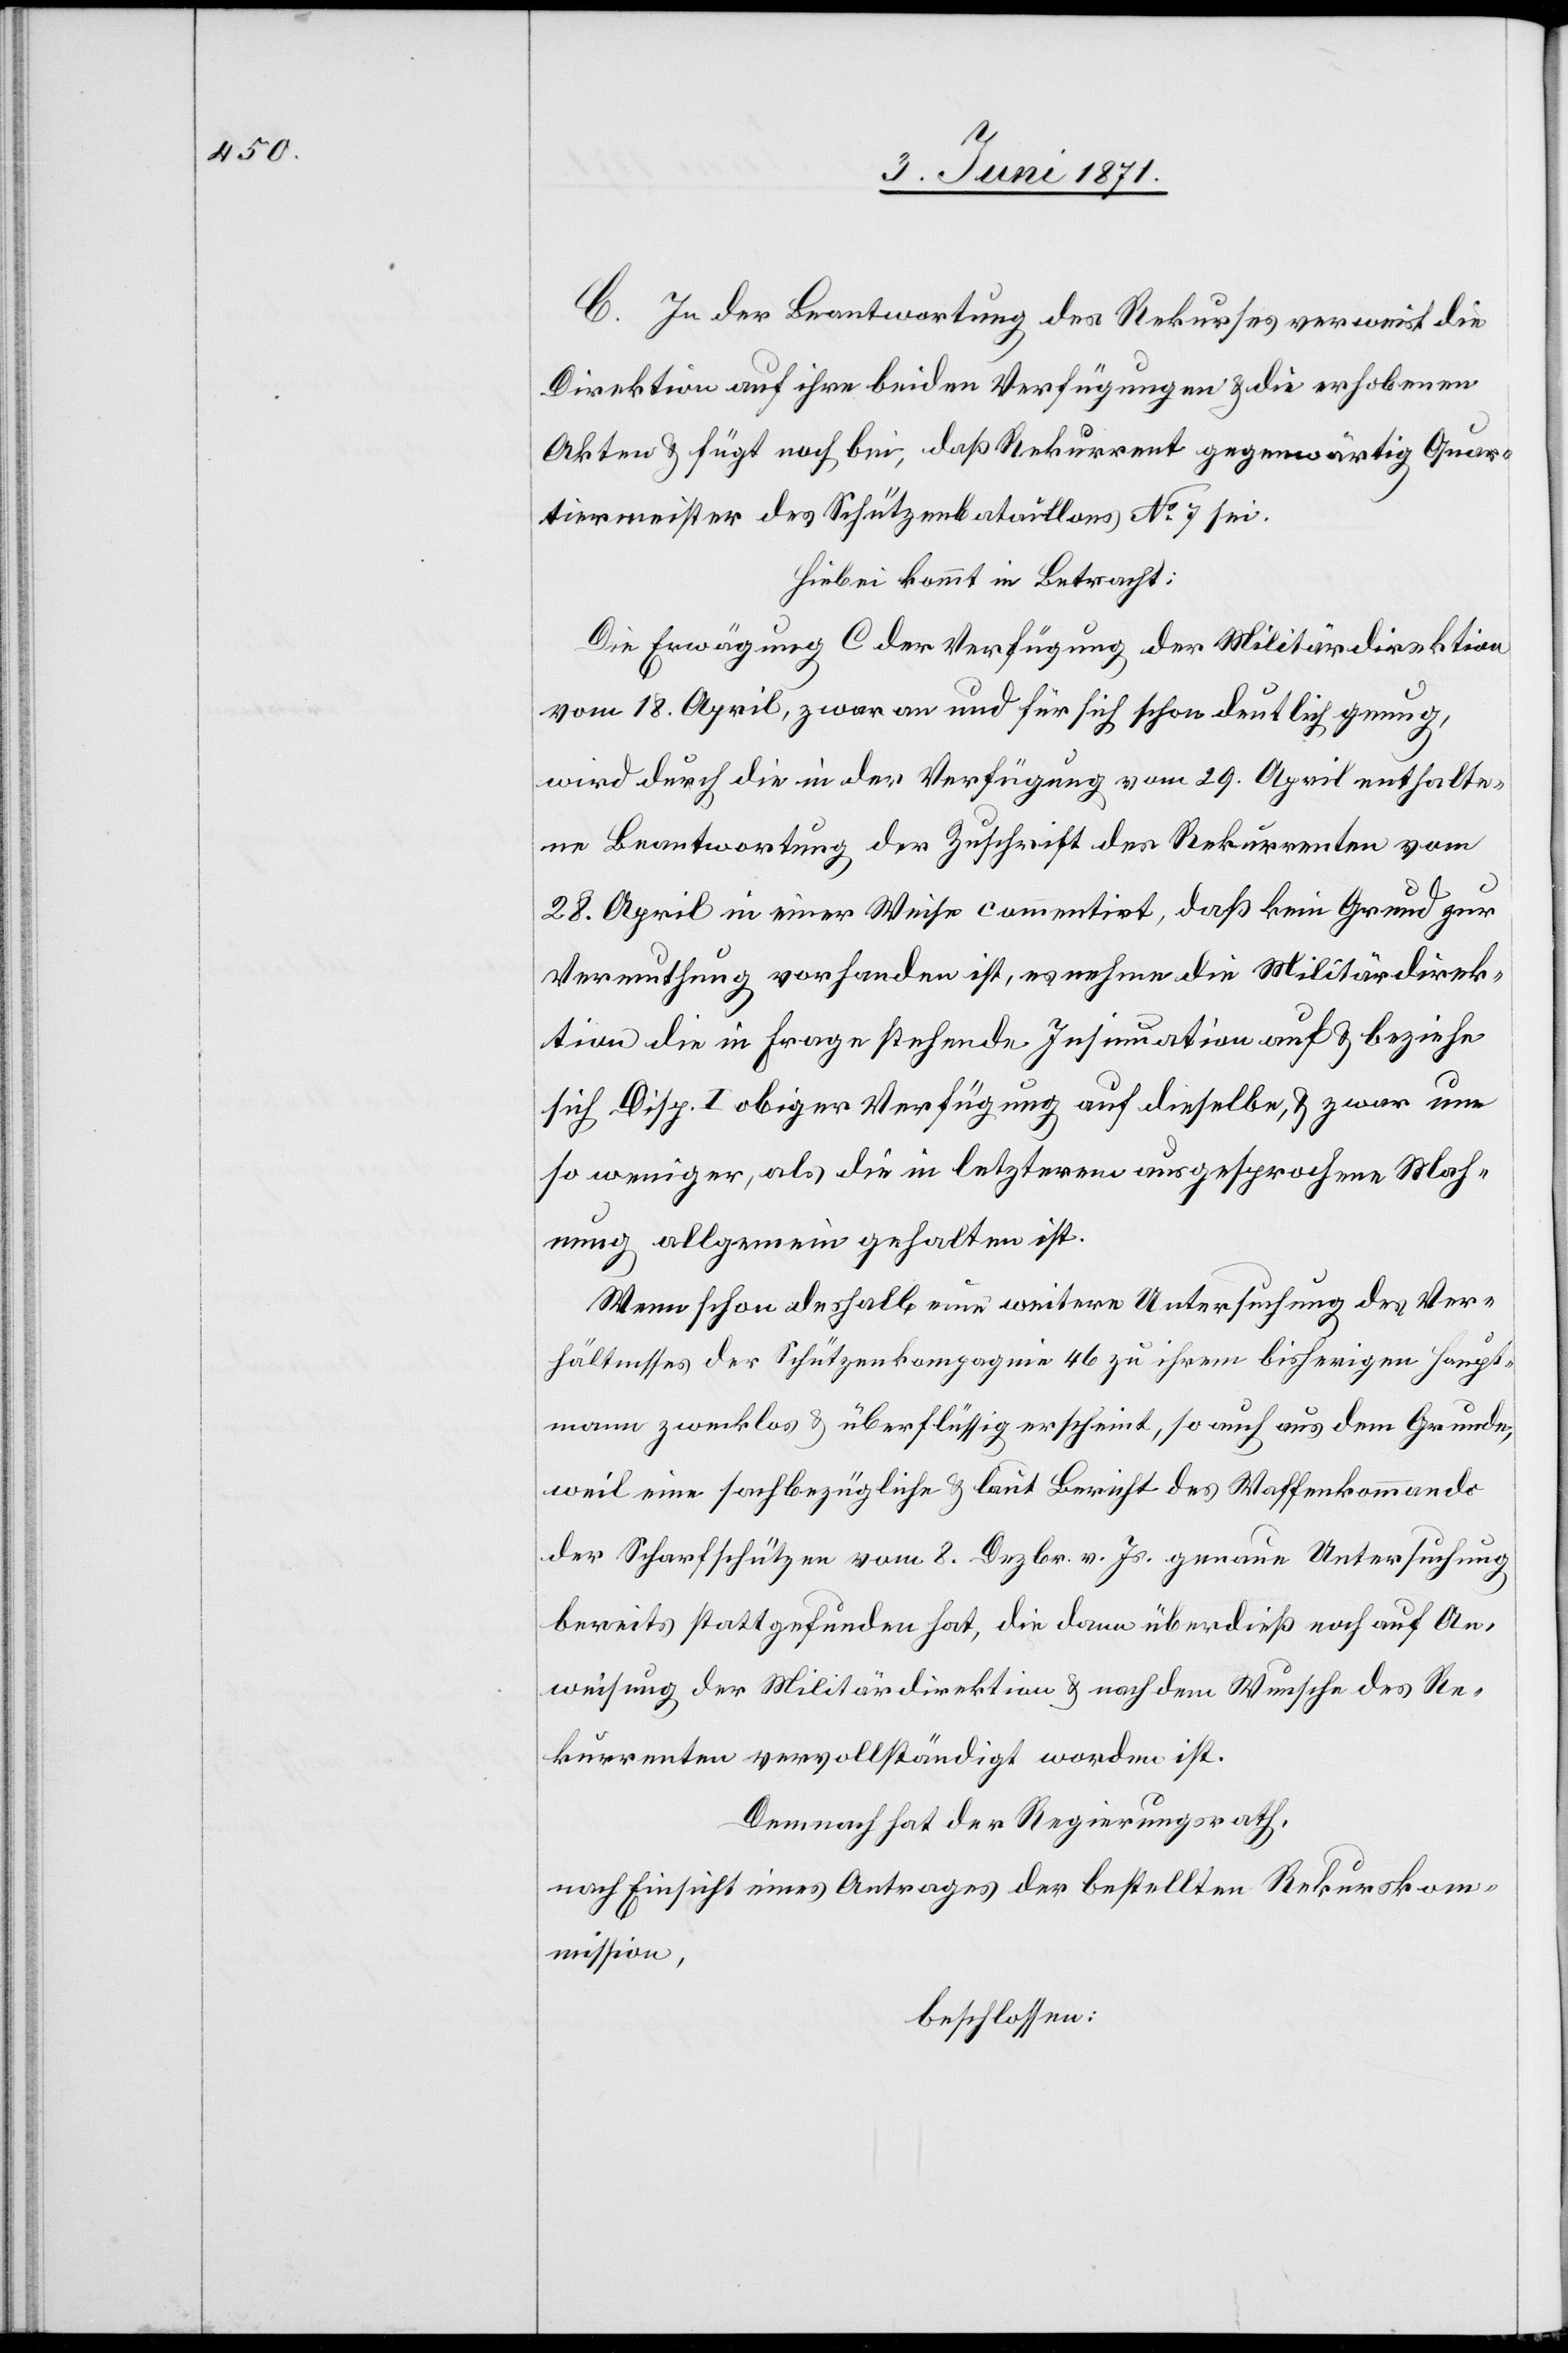
C. In der Beantwortung des Rekurses verweist die
Direktion auf ihre beiden Verfügungen u. die erhobenen
Akten u. fügt noch bei, daß Rekurrent gegenwärtig Quar¬
tiermeister des Schützenbataillons No. 7 sei.
Hiebei kommt in Betracht:
Die Erwägung C der Verfügung der Militärdirektion
vom 18. April, zwar an und für sich schon deutlich genug,
wird durch die in der Verfügung vom 29. April enthalte¬
ne Beantwortung der Zuschrift des Rekurrenten vom
28. April in einer Weise commentirt, daß kein Grund zur
Vermuthung vorhanden ist, es nehme die Militärdirek¬
tion die in Frage stehende Insinuation auf u. beziehe
sich Disp. I obiger Verfügung auf dieselbe u. zwar um
so weniger, als die in letzterem ausgesprochene Mah¬
nung allgemein gehalten ist.
Wenn schon deshalb nun weitere Untersuchungen des Ver¬
hältnisses der Schützenkompagnie 46 zu ihrem bisherigen Haupt¬
mann zwecklos u. überflüssig erscheint, so auch aus dem Grunde,
weil eine sachbezügliche u. laut Bericht des Waffenkommando
der Scharfschützen vom 8. Dezbr. v. Js. genaue Untersuchung
bereits stattgefunden hat, die dann überdieß noch auf An¬
weisung der Militärdirektion u. nach dem Wunsche des Re¬
kurrenten vervollständigt worden ist.
Demnach hat der Regierungsrath,
nach Einsicht eines Antrages der bestellten Rekurskom¬
mission,
beschlossen: